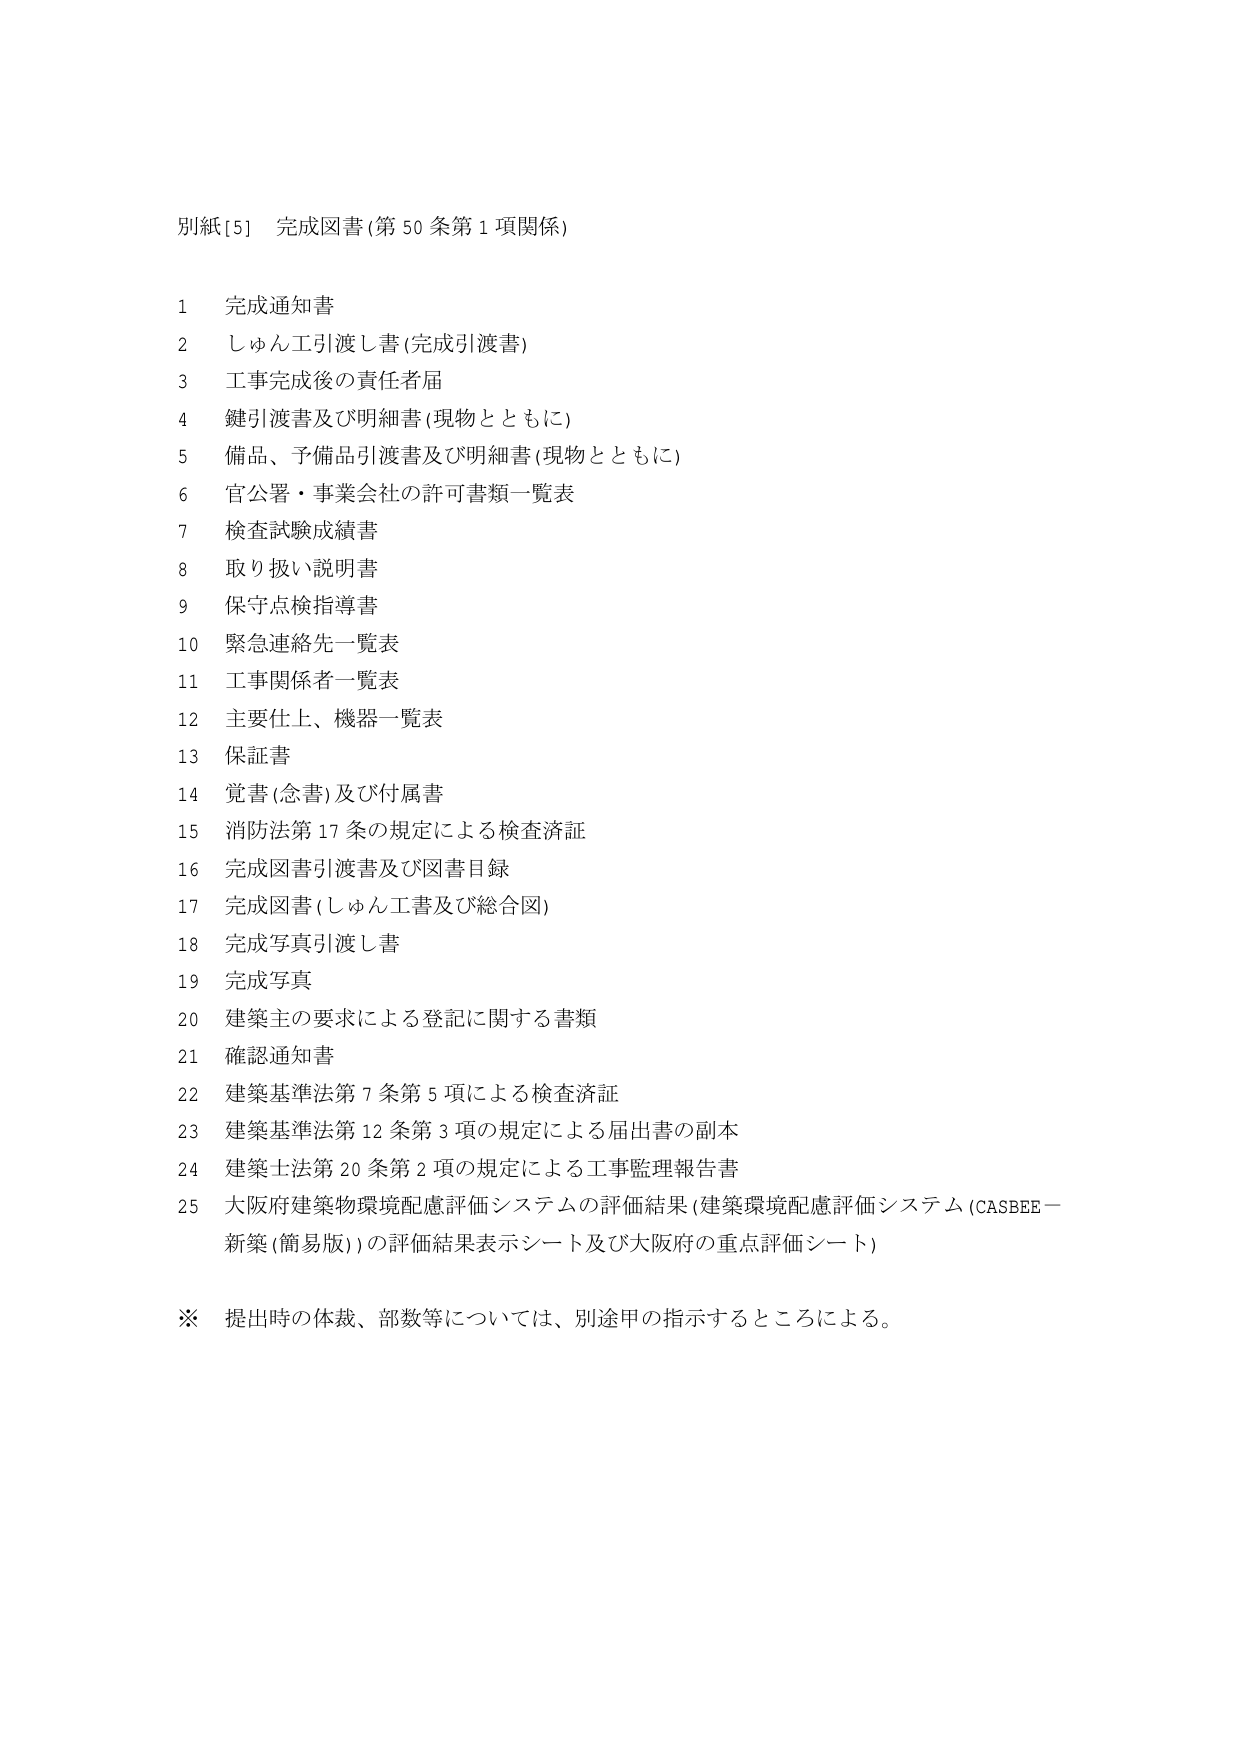
別紙[5] 完成図書(第50条第1項関係)

1 完成通知書
2 しゅん工引渡し書(完成引渡書)
3 工事完成後の責任者届
4 鍵引渡書及び明細書(現物とともに)
5 備品、予備品引渡書及び明細書(現物とともに)
6 官公署・事業会社の許可書類一覧表
7 検査試験成績書
8 取り扱い説明書
9 保守点検指導書
10 緊急連絡先一覧表
11 工事関係者一覧表
12 主要仕上、機器一覧表
13 保証書
14 覚書(念書)及び付属書
15 消防法第17条の規定による検査済証
16 完成図書引渡書及び図書目録
17 完成図書(しゅん工書及び総合図)
18 完成写真引渡し書
19 完成写真
20 建築主の要求による登記に関する書類
21 確認通知書
22 建築基準法第7条第5項による検査済証
23 建築基準法第12条第3項の規定による届出書の副本
24 建築士法第20条第2項の規定による工事監理報告書
25 大阪府建築物環境配慮評価システムの評価結果(建築環境配慮評価システム(CASBEEー新築(簡易版))の評価結果表示シート及び大阪府の重点評価シート)

※ 提出時の体裁、部数等については、別途甲の指示するところによる。